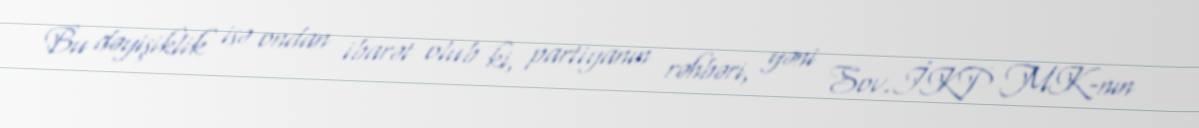
Bu dəyişiklik isə ondan ibarət olub ki, partiyanın rəhbəri, yəni Sov.İKP MK-nın